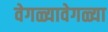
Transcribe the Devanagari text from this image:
वेगळ्यावेगळ्या